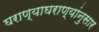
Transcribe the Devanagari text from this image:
घराण्याघराण्यांनुसार